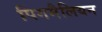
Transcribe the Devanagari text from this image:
पिगमैलियन